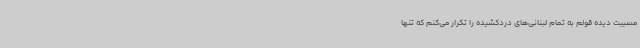
مصیبت دیده قولم به تمام لبنانی‌های دردکشیده را تکرار می‌کنم که تنها